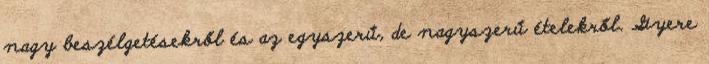
nagy beszélgetésekről és az egyszerű, de nagyszerű ételekről. Gyere